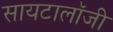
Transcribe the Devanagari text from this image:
सायटालॉजी